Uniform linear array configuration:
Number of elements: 16
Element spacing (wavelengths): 0.25
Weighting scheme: binomial
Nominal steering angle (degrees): -15
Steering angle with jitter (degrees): -14.653
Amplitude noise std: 0.05
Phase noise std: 0.05

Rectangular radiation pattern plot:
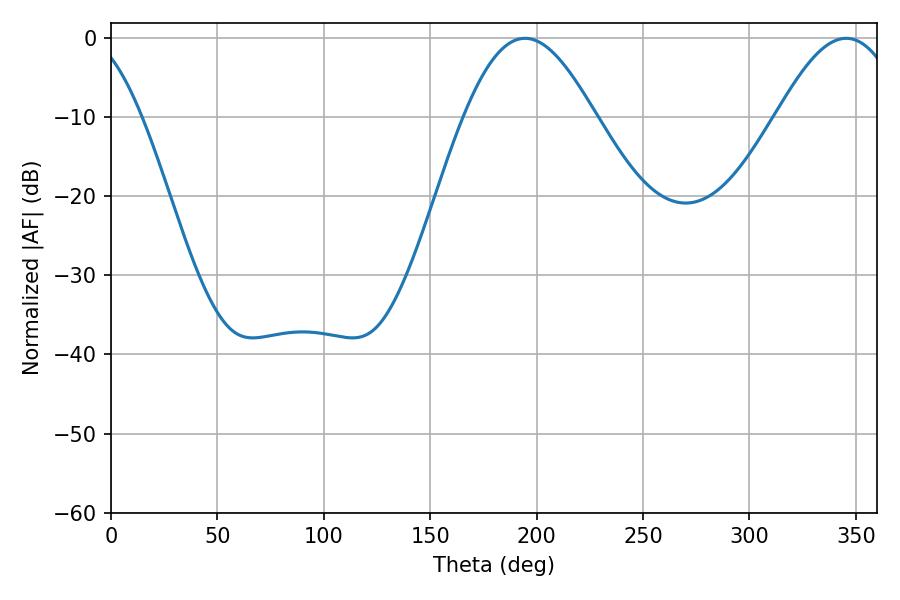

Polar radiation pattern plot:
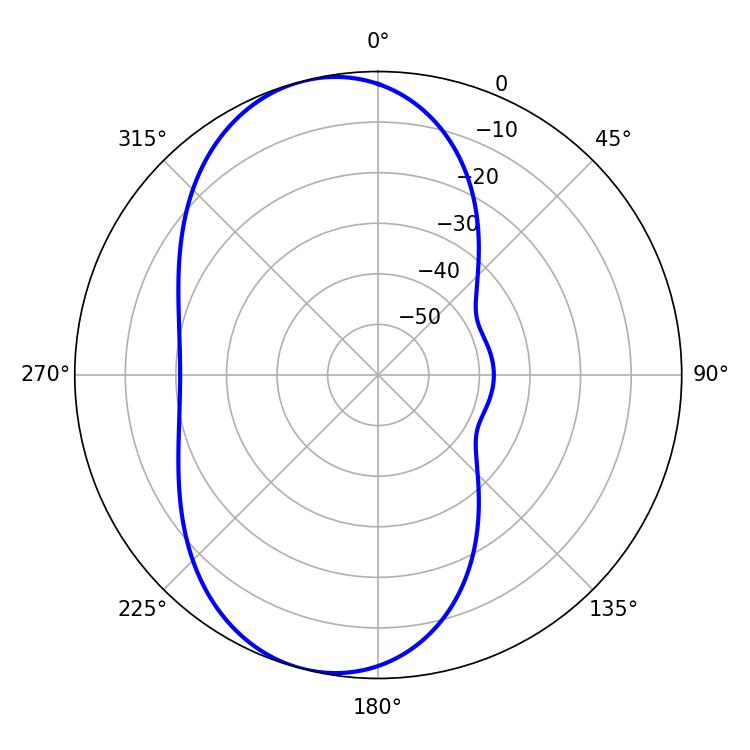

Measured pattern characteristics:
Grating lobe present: FALSE
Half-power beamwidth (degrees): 33.12
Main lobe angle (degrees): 194.58